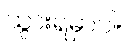
သွားရမှာပါ။